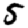
Digit: 5